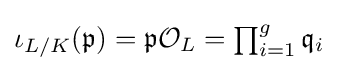
{\textstyle \iota _{L/K}({\mathfrak {p}})={\mathfrak {p}}{\mathcal {O}}_{L}=\prod _{i=1}^{g}{\mathfrak {q}}_{i}}